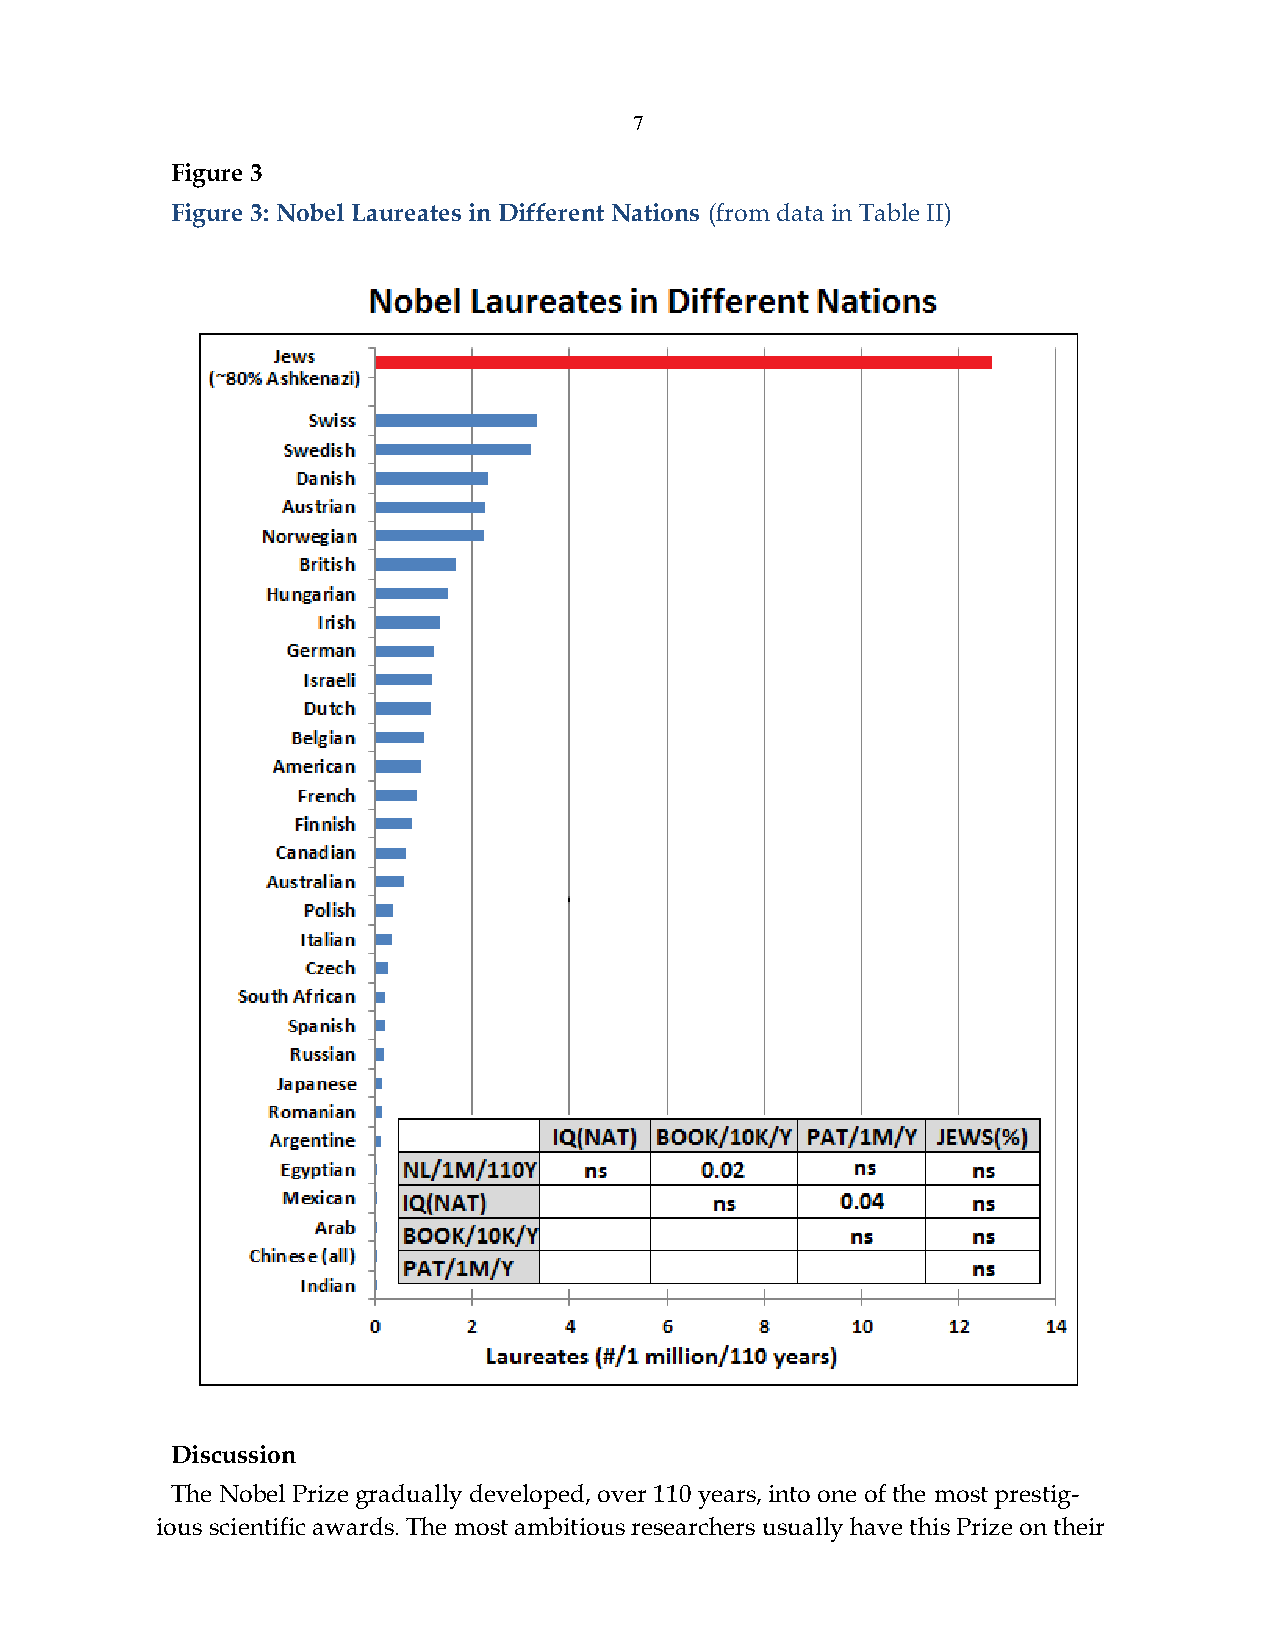
7
 Figure 3
 Figure 3: Nobel Laureates in Different Nations (from data in Table II)
 Discussion
 The Nobel Prize gradually developed, over 110 years, into one of the most prestig-
 ious scientific awards. The most ambitious researchers usually have this Prize on their